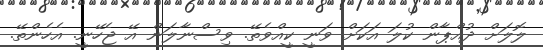
ލޮލަށް ދުއްޕާން ކުލަ އަކަށް ވަނީ ކީއްވެތޭ. ވިސްނާލަން އޭ ޖެހޭނީ. އެހެންތޭ.